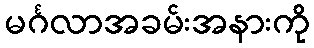
မင်္ဂလာအခမ်းအနားကို